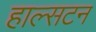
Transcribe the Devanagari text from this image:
हाल्सटन